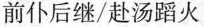
前仆后继/赴汤蹈火